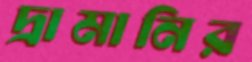
দ্রামানির